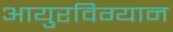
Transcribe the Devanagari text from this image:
आयुरविग्यान